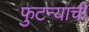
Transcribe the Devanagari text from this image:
फुटन्याची